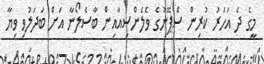
މީގެ ދެ އަހަރު ކުރިން ސްޕޭނުގެ ވެލެންސިއާއިން ބާސެލޯނާ އަށް ބަދަލުވި ވިޔާ